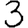
Digit: 3